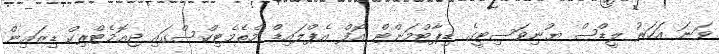
ވަނަ އަހަރު ލީޑްސް ޔުނިވަސިޓީގެ ޑިޕާޓްމަންޓް އޮފް އެޕްލައިޑް މެތެމެޓިކްސްގައި ޖިއޮމެޓްރިކް ޑިޒައިން